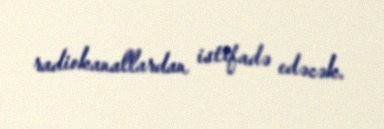
radiokanallardan istifadə edəcək.